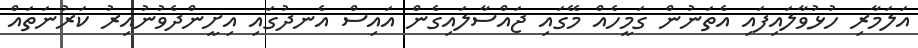
އަލަމާރި ހުޅުވާލައިފައި އެތަނުން ގަމީހެއް މޭގައި ޖައްސާލައިގެން އައިސް އެނދުގައި އިށީންދެވުނުއިރު ކަރުނަތައް